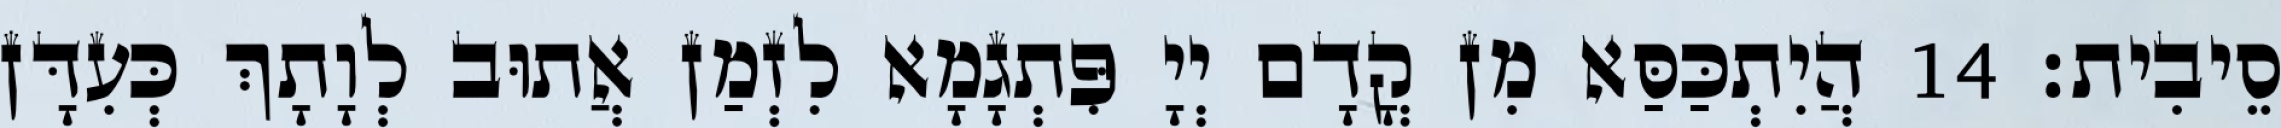
סֵיבִית׃ 14 הֲיִתְכַּסַּא מִן קֳדָם יְיָ פִּתְגָמָא לִזְמַן אֲתוּב לְוָתָךְ כְּעִדָּן